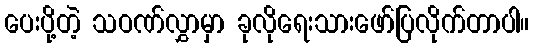
ပေးပို့တဲ့ သဝဏ်လွှာမှာ ခုလိုရေးသားဖော်ပြလိုက်တာပါ။